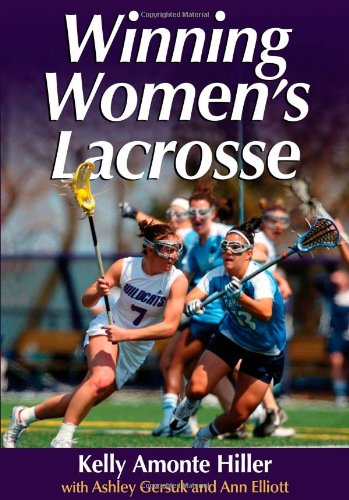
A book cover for Winning Women's Lacrosse; Kelly Amonte Hiller; Sports & Outdoors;